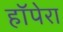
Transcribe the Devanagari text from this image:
हॉपेरा